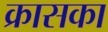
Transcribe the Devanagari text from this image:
क्रासका